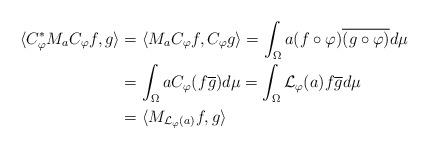
LaTeX: \begin{align*} \langle C_\varphi ^* M_a C_\varphi f, g \rangle &= \langle M_a C_\varphi f, C_\varphi g \rangle = \int_\Omega a (f \circ \varphi) \overline {(g \circ \varphi)} d \mu \\ &= \int_\Omega a C_\varphi (f \overline{g}) d \mu = \int_\Omega \mathcal{L}_\varphi (a) f \overline{g} d \mu \\ &= \langle M_{\mathcal{L}_\varphi (a)} f, g \rangle\end{align*}